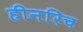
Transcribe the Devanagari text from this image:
हीनरिच